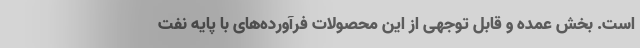
است. بخش عمده و قابل توجهی از این محصولات فرآورده‌های با پایه نفت